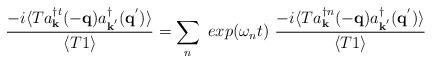
LaTeX: \begin{align*}\frac{ -i\langle T a^{\dagger t}_{ {\bf{k}} }(-{\bf{q}})a^{\dagger}_{ {\bf{k}}^{'} }({\bf{q}}^{'}) \rangle }{\langle T 1 \rangle} = \sum_{n}\mbox{ }exp(\omega_{n}t)\mbox{ }\frac{ -i\langle T a^{\dagger n}_{ {\bf{k}} }(-{\bf{q}})a^{\dagger}_{ {\bf{k}}^{'} }({\bf{q}}^{'}) \rangle }{\langle T 1 \rangle}\end{align*}